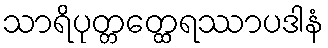
သာရိပုတ္တတ္ထေရဿာပဒါနံ